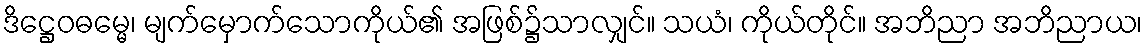
ဒိဋ္ဌေဝဓမ္မေ၊ မျက်မှောက်သောကိုယ်၏ အဖြစ်၌သာလျှင်။ သယံ၊ ကိုယ်တိုင်။ အဘိညာ အဘိညာယ၊